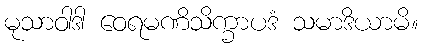
မုသာဝါဒါ ဝေရမဏိသိက္ခာပဒံ သမာဒိယာမိ။